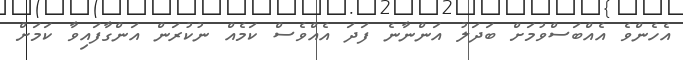
އެހެންވެ އެއްބަސްވުމަށް ބަދަލު އަންނާނެ ފަދަ އެއްވެސް ކަމެއް ނުކުރަން އަންގާފައިވާ ކަމަށް